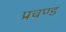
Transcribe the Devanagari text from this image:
प्रचण्‍ड